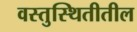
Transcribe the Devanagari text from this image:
वस्तुस्थितीतील